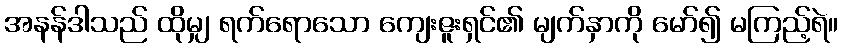
အနန်ဒါသည် ထိုမျှ ရက်ရောသော ကျေးဇူးရှင်၏ မျက်နှာကို မော်၍ မကြည့်ရဲ။